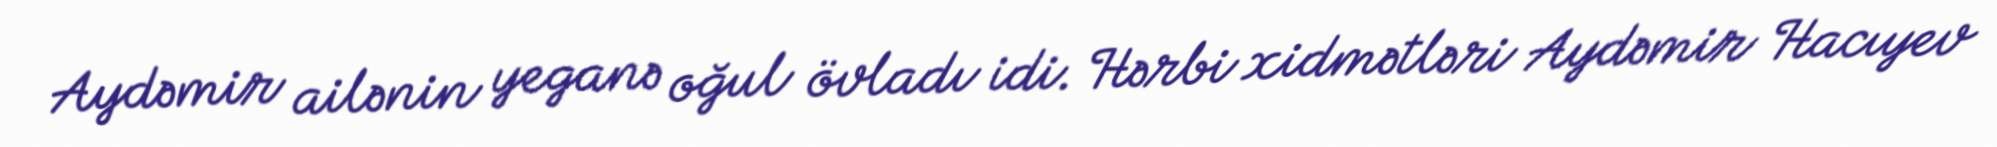
Aydəmir ailənin yeganə oğul övladı idi. Hərbi xidmətləri Aydəmir Hacıyev